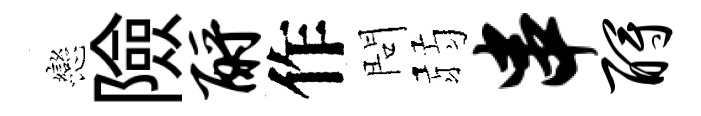
戀險酹作問弱串酹